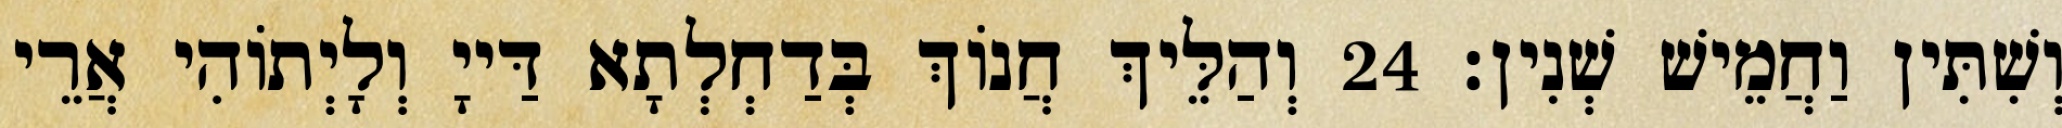
וְשִׁתִּין וַחֲמֵישׁ שְׁנִין׃ 24 וְהַלֵּיךְ חֲנוֹךְ בְּדַחְלְתָא דַּייָ וְלָיְתוֹהִי אֲרֵי